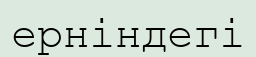
ерніндегі